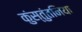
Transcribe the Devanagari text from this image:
कुंस्तुंतनिया